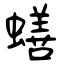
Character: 蟮